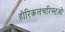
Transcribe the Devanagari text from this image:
होरिकलचरिस्टओ